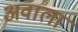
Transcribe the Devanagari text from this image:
अवाला